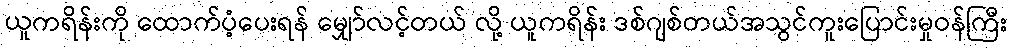
ယူကရိန်းကို ထောက်ပံ့ပေးရန် မျှော်လင့်တယ် လို့ ယူကရိန်း ဒစ်ဂျစ်တယ်အသွင်ကူးပြောင်းမှုဝန်ကြီး